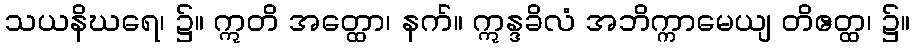
သယနိဃရေ၊ ၌။ ဣတိ အတ္ထော၊ နက်။ ဣန္ဒခိလံ အဘိက္ကာမေယျ တိဧတ္ထ၊ ၌။